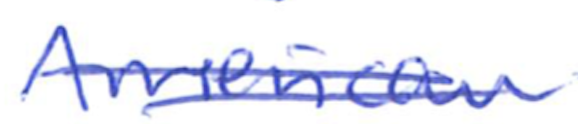
Text: American
Cross-out: double-line
Writing tool: ballpoint